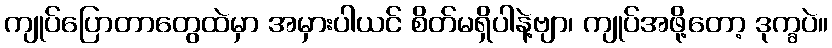
ကျုပ်ပြောတာတွေထဲမှာ အမှားပါယင် စိတ်မရှိပါနဲ့ဗျာ၊ ကျုပ်အဖို့တော့ ဒုက္ခပဲ။